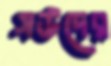
সউদের